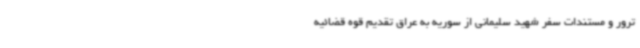
ترور و مستندات سفر شهید سلیمانی از سوریه به عراق تقدیم قوه قضائیه